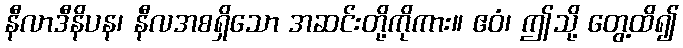
နီလာဒီနိပန၊ နီလအစရှိသော အဆင်းတို့ကိုကား။ ဧဝံ၊ ဤသို့ တွေ့ထိ၍